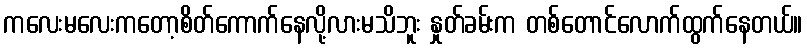
ကလေးမလေးကတော့စိတ်ကောက်နေလို့လားမသိဘူး နှုတ်ခမ်းက တစ်တောင်လောက်ထွက်နေတယ်။